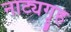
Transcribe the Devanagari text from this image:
नाट्यगॄह